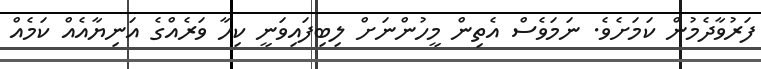
ފަރުވާދެމުން ކަމަށެވެ. ނަމަވެސް އެތިން މީހުންނަށް ލިބިފައިވަނީ ކިހާ ވަރެއްގެ އަނިޔާއެއް ކަމެއް